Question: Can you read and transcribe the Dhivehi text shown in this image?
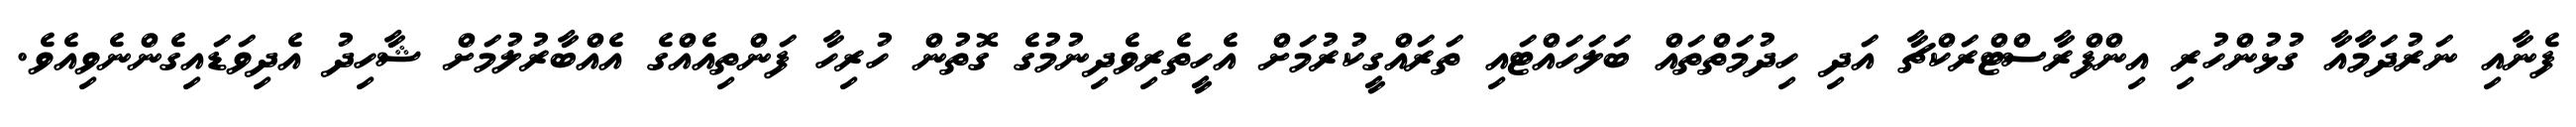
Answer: ފެނާއި ނަރުދަމާއާ ގުޅުންހުރި އިންފްރާސްޓްރަކްޗާ އަދި ހިދުމަތްތައް ބަލަހައްޓައި ތަރައްގީކުރުމަށް އެހީތެރިވެދިނުމުގެ ގޮތުން ހުރިހާ ފަންތިއެއްގެ އެއްބާރުލުމަށް ޝާހިދު އެދިވަޑައިގެންނެވިއެވެ.